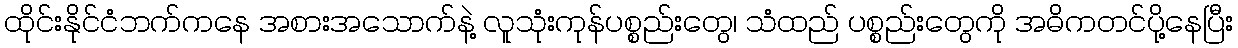
ထိုင်းနိုင်ငံဘက်ကနေ အစားအသောက်နဲ့ လူသုံးကုန်ပစ္စည်းတွေ၊ သံထည် ပစ္စည်းတွေကို အဓိကတင်ပို့နေပြီး